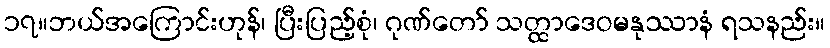
၁၇။ဘယ်အကြောင်းဟုန်၊ ပြီးပြည့်စုံ၊ ဂုဏ်တော် သတ္ထာဒေဝမနုဿာနံ ရသနည်း။